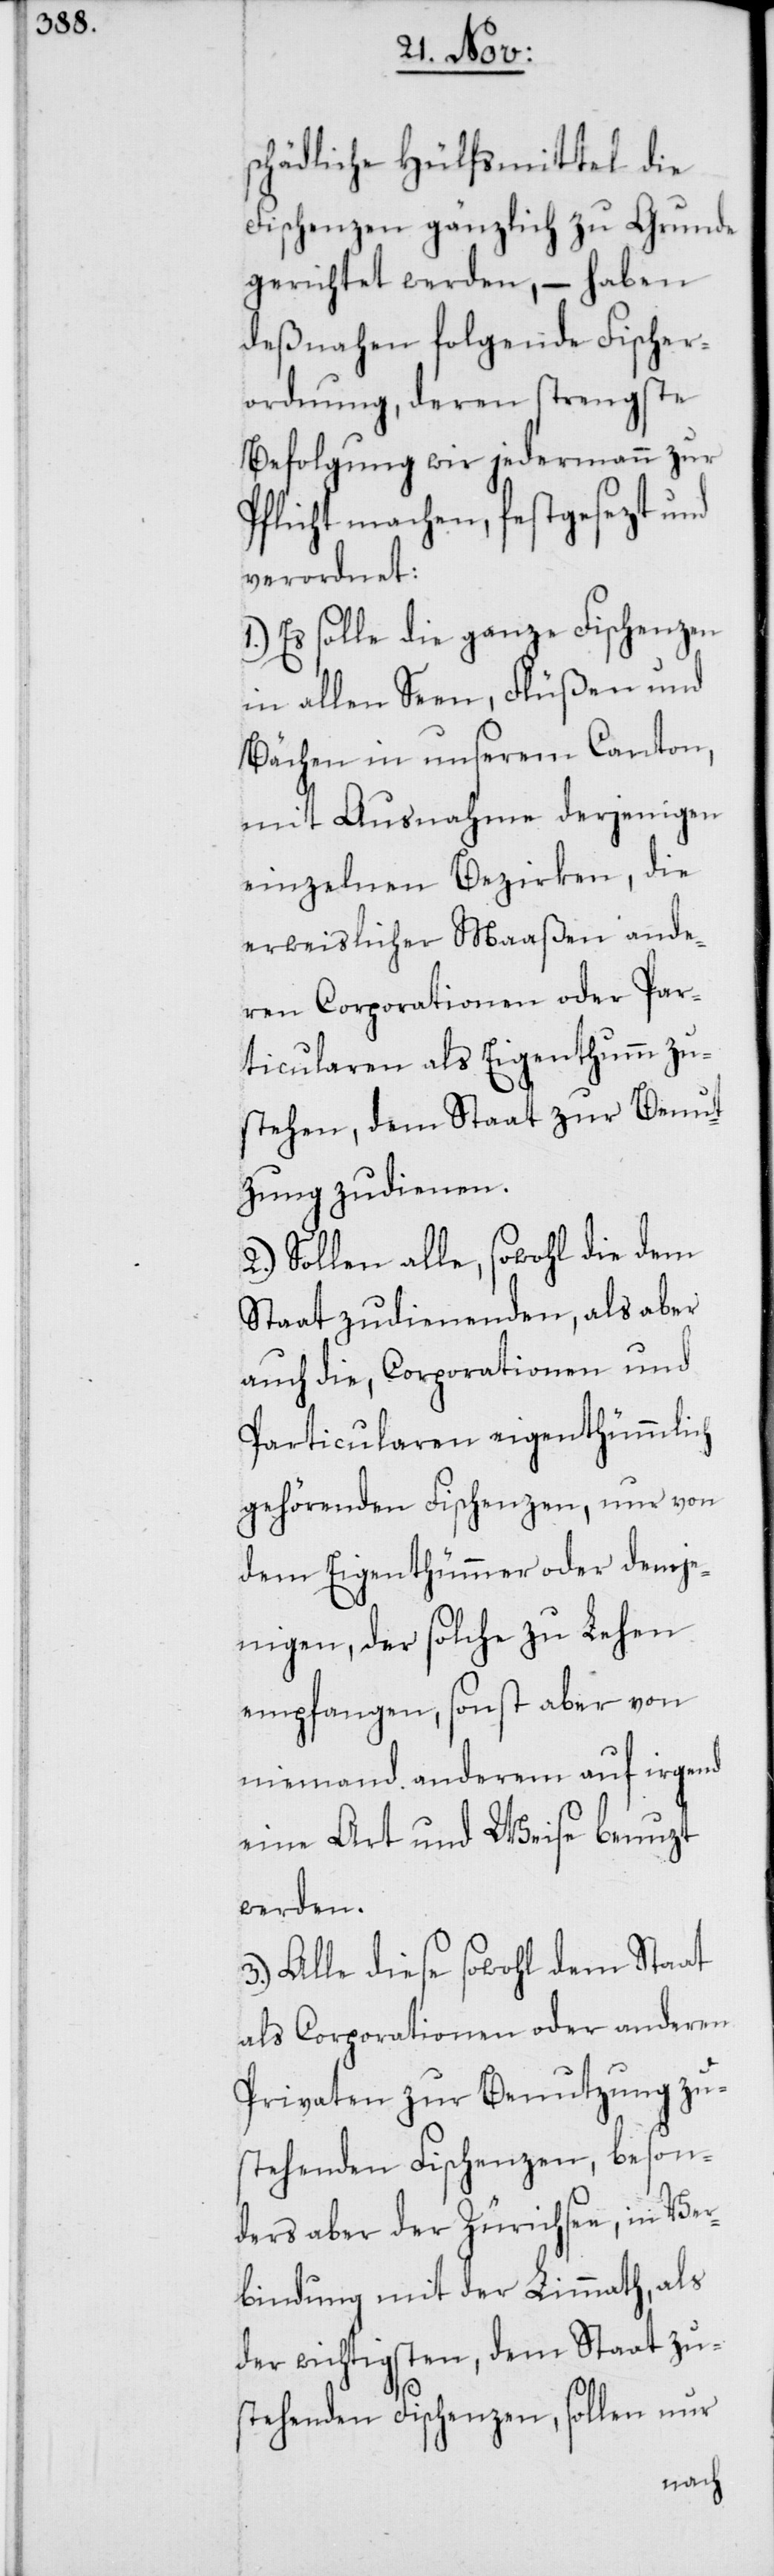
schädliche Hülfsmittel die
Fischenzen gänzlich zu Grunde
gerichtet werden, – haben
deßnahen folgende Fischer¬
ordnung, deren strengste
Befolgung wir jedermann zur
Pflicht machen, festgesezt und
verordnet:
1.) Es solle die ganze Fischenzen
in allen Seen, Flüßen und
Bächen in unserem Canton,
mit Ausnahme derjenigen
einzelnen Bezirken, die
erweislicher Maaßen ande¬
ren Corporationen oder Par¬
ticularen als Eigenthumm zu¬
stehen, dem Staat zur Benut¬
zung zudienen.
2.) Sollen alle, sowohl die dem
Staat zudienenden, als aber
auch die, Corporationen und
Particularen eigenthümmlich
gehörenden Fischenzen, nur von
dem Eigenthümmer oder demje¬
nigen, der solche zu Lehen
empfangen, sonst aber von
niemand anderem auf irgend
eine Art und Weise benuzt
werden.
3.) Alle diese sowohl dem Staat
als Corporationen oder anderen
Privaten zur Benutzung zu¬
stehenden Fischenzen, beson¬
ders aber der Zürichsee, in Ver¬
bindung mit der Limmath, als
der wichtigsten, dem Staat zu¬
stehenden Fischenzen, sollen nur